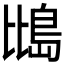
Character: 𪵕